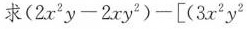
求$$( 2 x ^ { 2 } y - 2 x y ^ { 2 } ) - [ ( 3 x ^ { 2 } y ^ { 2 }